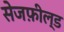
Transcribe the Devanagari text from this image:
सेजफ़ील्ड